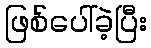
ဖြစ်ပေါ်ခဲ့ပြီး